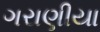
ગરાણીયા